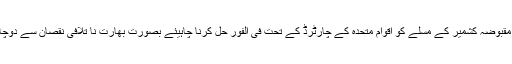
بھارت نے مقبوضہ کشمیر کے مسلے کو اقوام متحدہ کے چارٹرڈ کے تحت فی الفور حل کرنا چاہیئے بصورت بھارت نا تلافی نقصان سے دوچار ہوجائیگا!